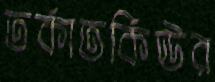
তর্কাতর্কিঊর